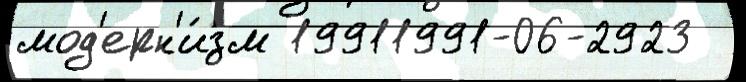
мод'ерн'и́зм 19911991-06-2923